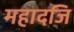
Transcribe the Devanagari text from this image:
महादजि